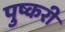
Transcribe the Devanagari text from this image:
पुष्करी